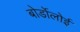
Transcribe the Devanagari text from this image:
बोर्डोलोई